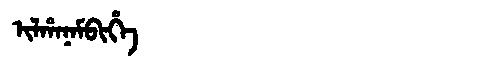
Manchu: ᡳᠯᡥᠠᠨᠠᠮᠪᡳᡥᡝ
Romanization: ILHANAMBIHE